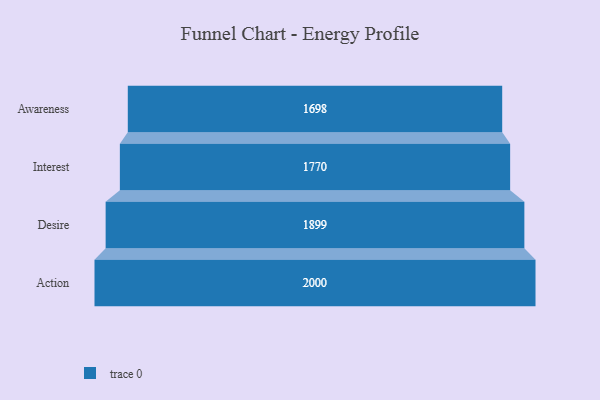
{"axis": {"x": "Stage", "y": "Value"}, "legend": [""], "data": [{"x": "Awareness", "y": 1698.0, "type": ""}, {"x": "Interest", "y": 1770.0, "type": ""}, {"x": "Desire", "y": 1899.0, "type": ""}, {"x": "Action", "y": 2000, "type": ""}]}